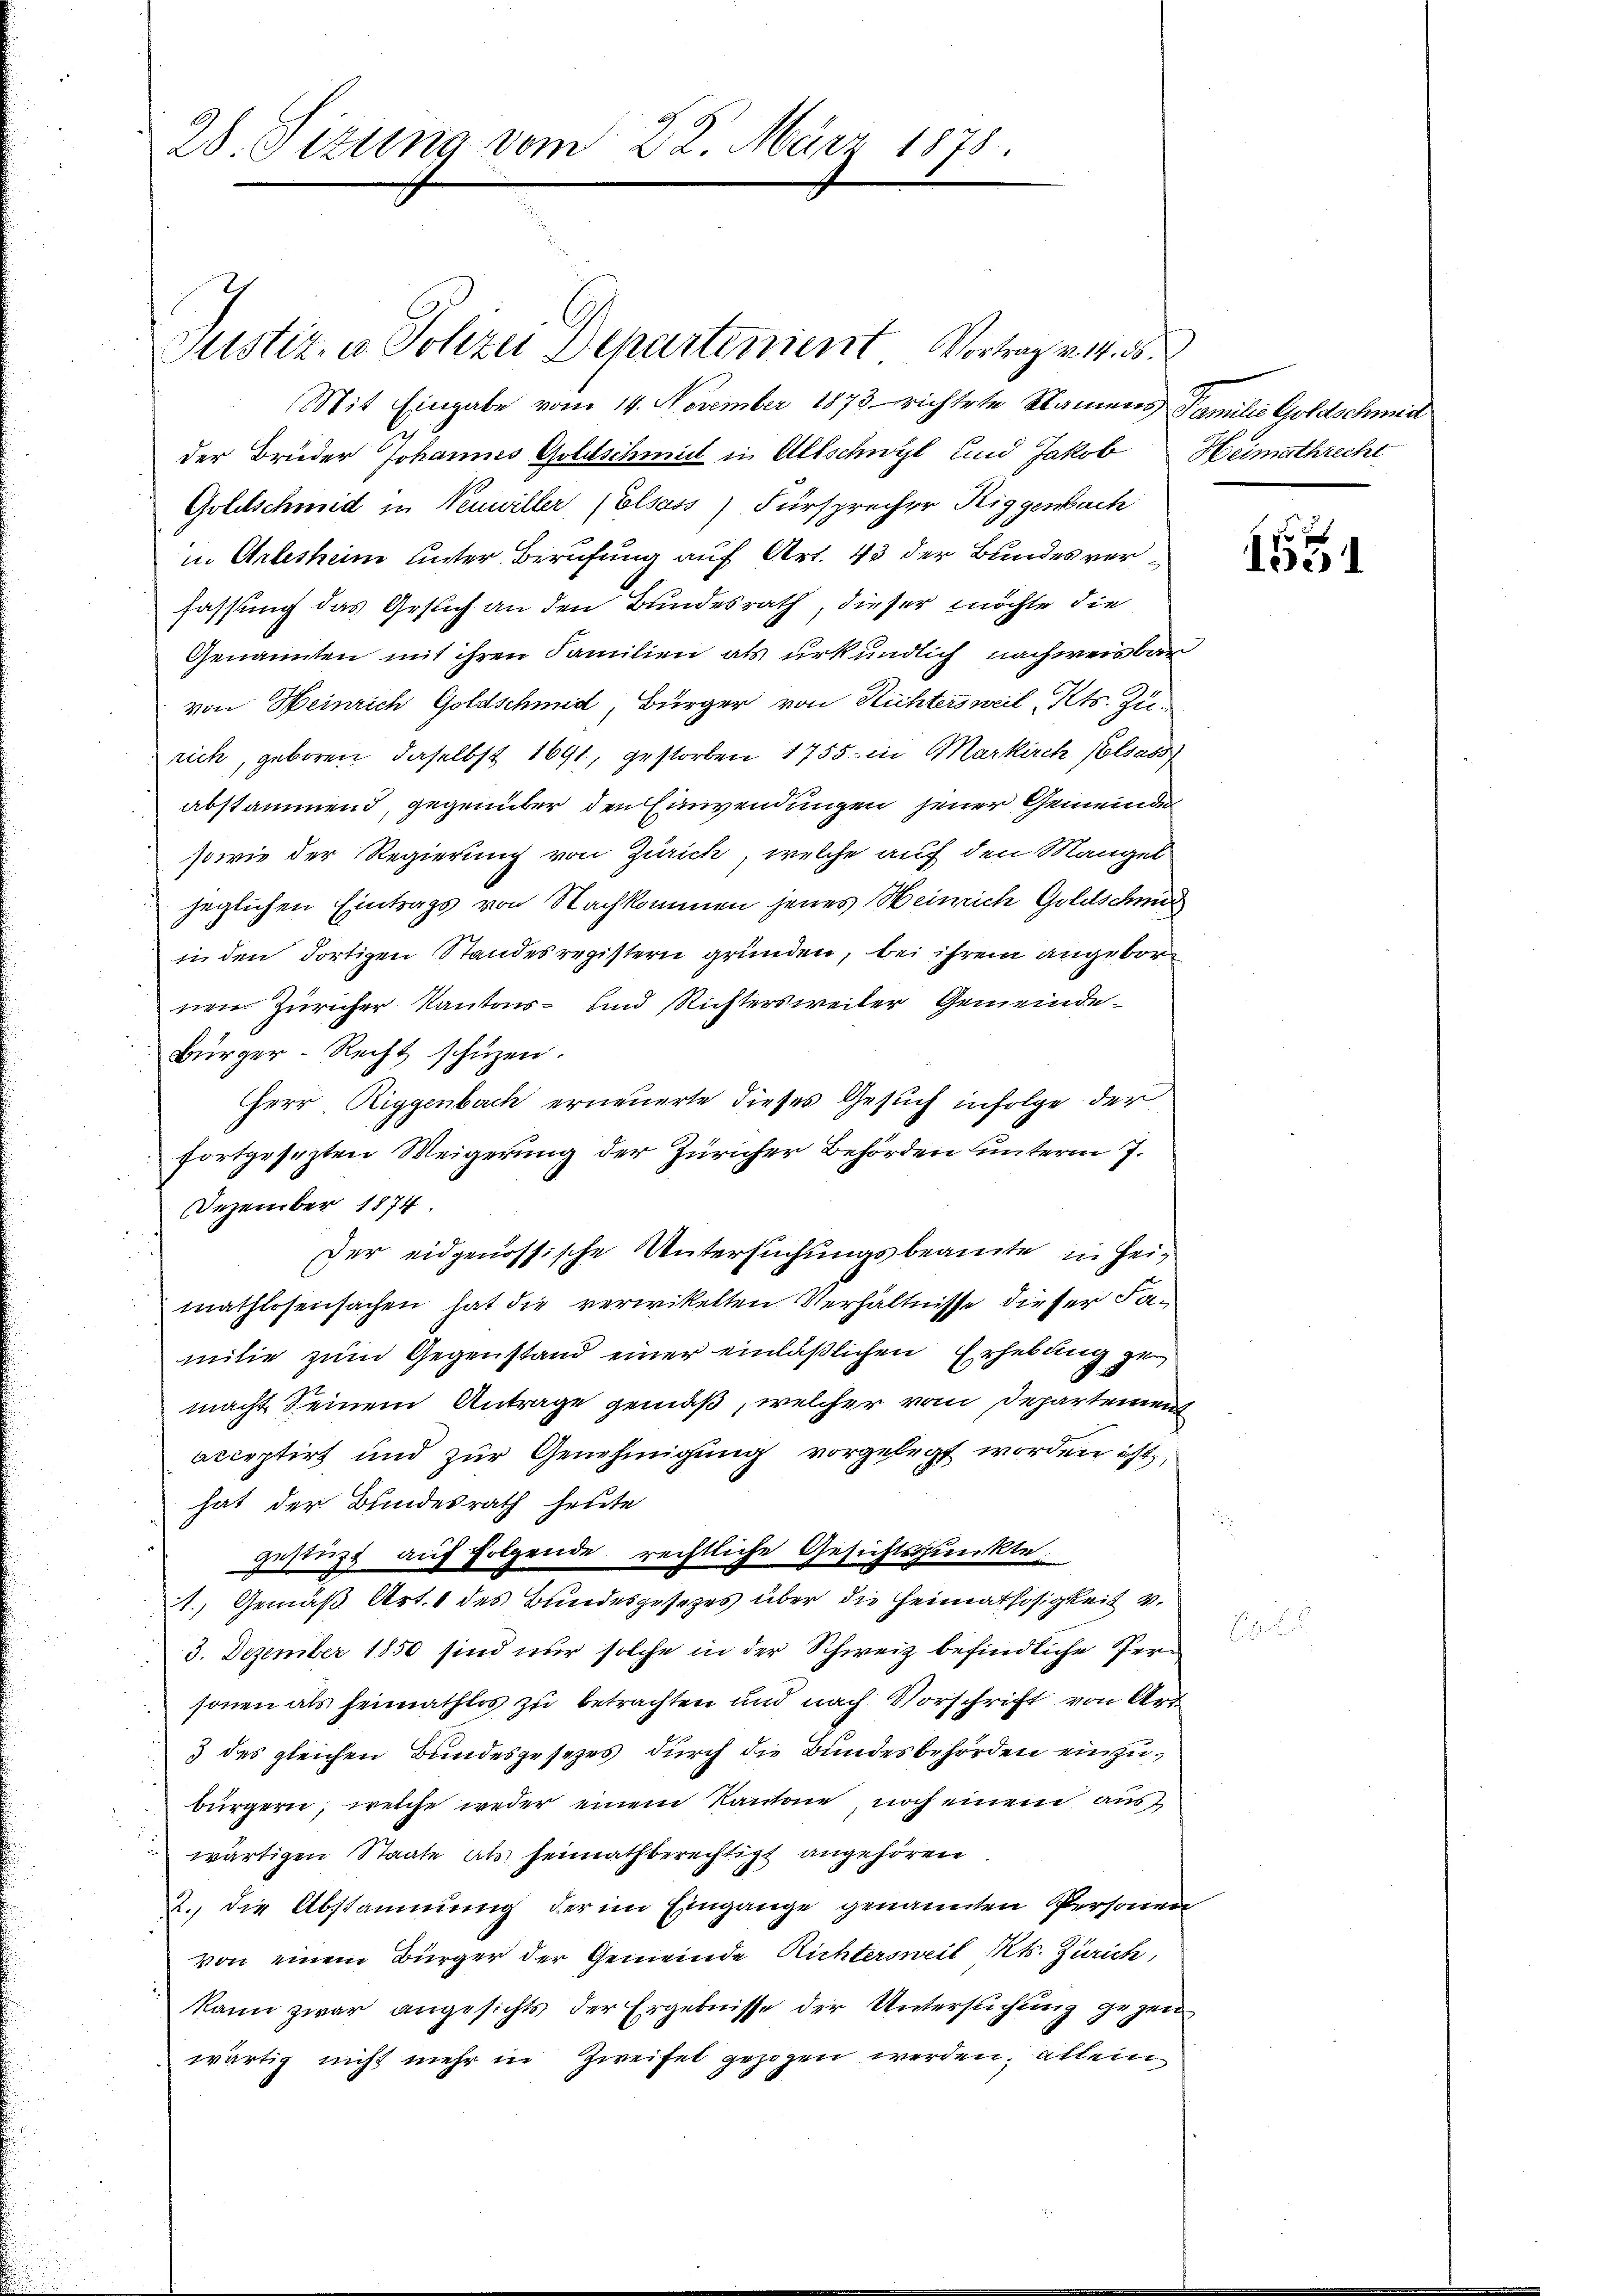
28. Sizung vom 22. März 1873.

Mit Eingabe vom 14. November 1873 richtete Namens Familie Goldschmier
der Bruder Johannes Goldschmidt in Altschwyl und Jakob Heimathrecht
Goletschmid in Venwiller (Elsass) Fürsprecher Riggewach
in Arlesheim unter Berufung auf Art. 43 der Bundes verfassung das Gesuch an den Bundesrath, dieser möchte die
Genannten mit ihren Familien als urkundlich nachweisbar
von Heinrich Goldschmid, Bürger von Richtersweil, Kts. Zu-
rich, geboren, daselbst 1691, gestorben 1755 in Markirch Kolsass
abstammend, gegenüber den Einwendungen jener Gemeinde
sowie der Regierung von Zürich, welche auf den Mangel
jeglichen Eintrags von Nachkommen jenes Heinrich Goldschnit
in den dortigen Standesregistern gründen, bei ihrem angebor
nen Züricher Kantons- und Richtersweiler Gemeinde¬
Bürger-Recht schüzen.
HHerr Riggenbach erneuerte dieses Gesuch infolge der
fortgesezten Weigerung der Züricher Behörden unterm 7.
Dezember 1874.
der eidgenössische Untersuchungsbeamte in Heimathlosensachen hat die verwikelten Verhältnisse dieser Familie zum Gegenstand einer einläßlichen Erhebung gemacht Seinem Antrage gemäß, welcher vom Departement
acceptirt und zur Genehmigung vorgelegt worden ist.
hat der Bundesrath heute
gestüzt auf folgende rechtliche Gesichtspunkte.
1., Gemäß Art. 1 des Bundesgesezes über die Heimatlosigkeit v.
3. Dezember 1850 sind nur solche in der Schweiz befindliche Personen als heimathlos zu betrachten und nach Vorschrift von Art
3 des gleichen Bundesgesetzes durch die Bundesbehörden einzubürgern, welche weder einem Kantone noch einem aus
wärtigen Staate als heimathberechtigt angehören.
2. die Abstammung der im Eingange genannten Personen
von einem Bürger der Gemeinde Richtersweil Mts. Zürich,
kann zwar angesichts der Ergebnisse der Untersuchung gegen
wärtig nicht mehr in Zweifel gezogen werden, allein

Justiz, u. Polizei Departement Vortrag . . .

1
1551